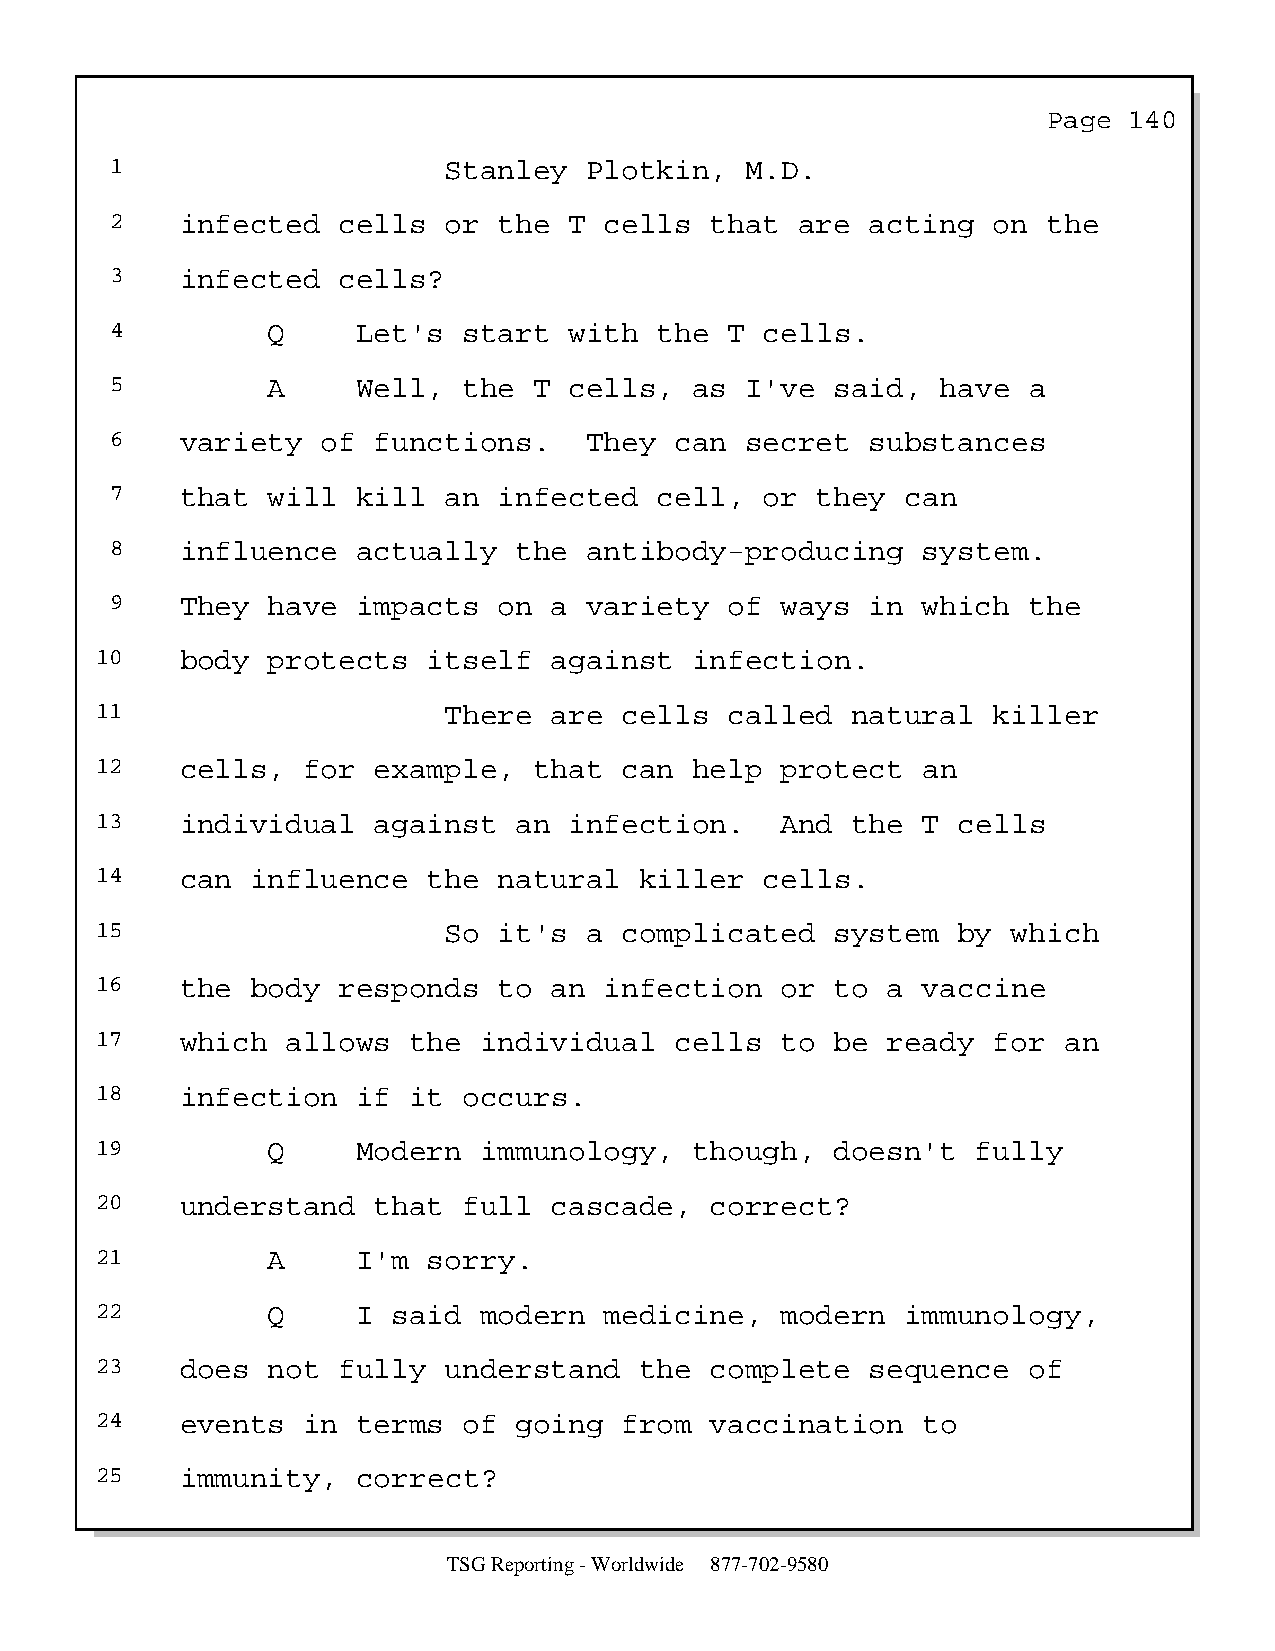
Page  140
 1                     Stanley   Plotkin,  M.D.
 2    infected  cells  or  the  T cells  that  are  acting  on the
 3    infected  cells?
 4          Q     Let's  start  with  the T  cells.
 5          A     Well,  the T  cells,  as I've  said,  have  a
 6    variety  of  functions.    They  can secret   substances
 7    that  will  kill an  infected   cell,  or they  can
 8    influence   actually  the  antibody-producing    system.
 9    They  have  impacts  on a  variety  of  ways  in which  the
 10    body  protects  itself  against   infection.
 11                     There  are  cells  called  natural   killer
 12    cells,  for  example,  that  can  help  protect  an
 13    individual   against  an  infection.    And the  T cells
 14    can  influence  the  natural  killer   cells.
 15                     So  it's  a complicated   system  by  which
 16    the  body responds   to an  infection   or to  a vaccine
 17    which  allows  the  individual   cells  to be  ready  for an
 18    infection   if it  occurs.
 19          Q     Modern  immunology,   though,  doesn't   fully
 20    understand   that  full cascade,   correct?
 21          A     I'm sorry.
 22          Q     I said  modern  medicine,   modern  immunology,
 23    does  not fully  understand   the  complete   sequence  of
 24    events  in  terms  of going  from  vaccination   to
 25    immunity,   correct?
 TSG Reporting - Worldwide 877-702-9580